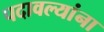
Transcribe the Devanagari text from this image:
पदावल्यांना